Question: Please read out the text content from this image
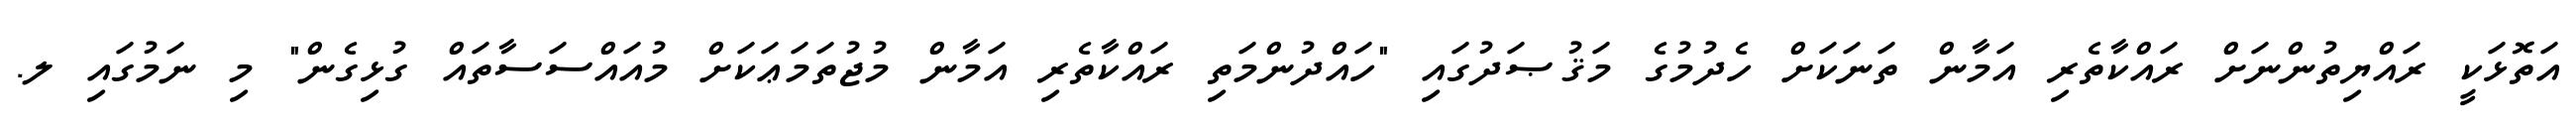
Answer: އަތޮޅަކީ ރައްޔިތުންނަށް ރައްކާތެރި އަމާން ތަނަކަށް ހެދުމުގެ މަޤުޞަދުގައި "ހައްދުންމަތި ރައްކާތެރި އަމާން މުޖުތަމަޢަކަށް މުއައްސަސާތައް ގުޅިގެން" މި ނަމުގައި ލ.